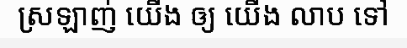
ស្រឡាញ់ យើង ឲ្យ យើង លាប ទៅ